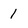
Character: 1